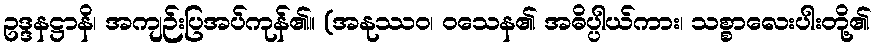
ဥဒ္ဒနဋ္ဌာနိ၊ အကျဉ်းပြအပ်ကုန်၏။ (အနုဿဝ၊ ဝသေန၏ အဓိပ္ပါယ်ကား၊ သစ္စာလေးပါးတို့၏